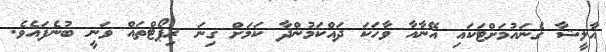
އާލީޝާ ގެނައުމަށްޓަކައި އޭނާއާ ވާހަކަ ދައްކަމުންދާ ކަމަށް ގިނަ ރިޕޯޓްތައް ވަނީ ބުނެފައެވެ.